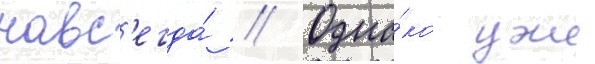
навс'егда́ // Одна́ко уже